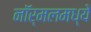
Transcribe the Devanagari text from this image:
नॉर्मलमध्ये